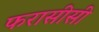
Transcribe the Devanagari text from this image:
फरासीसी